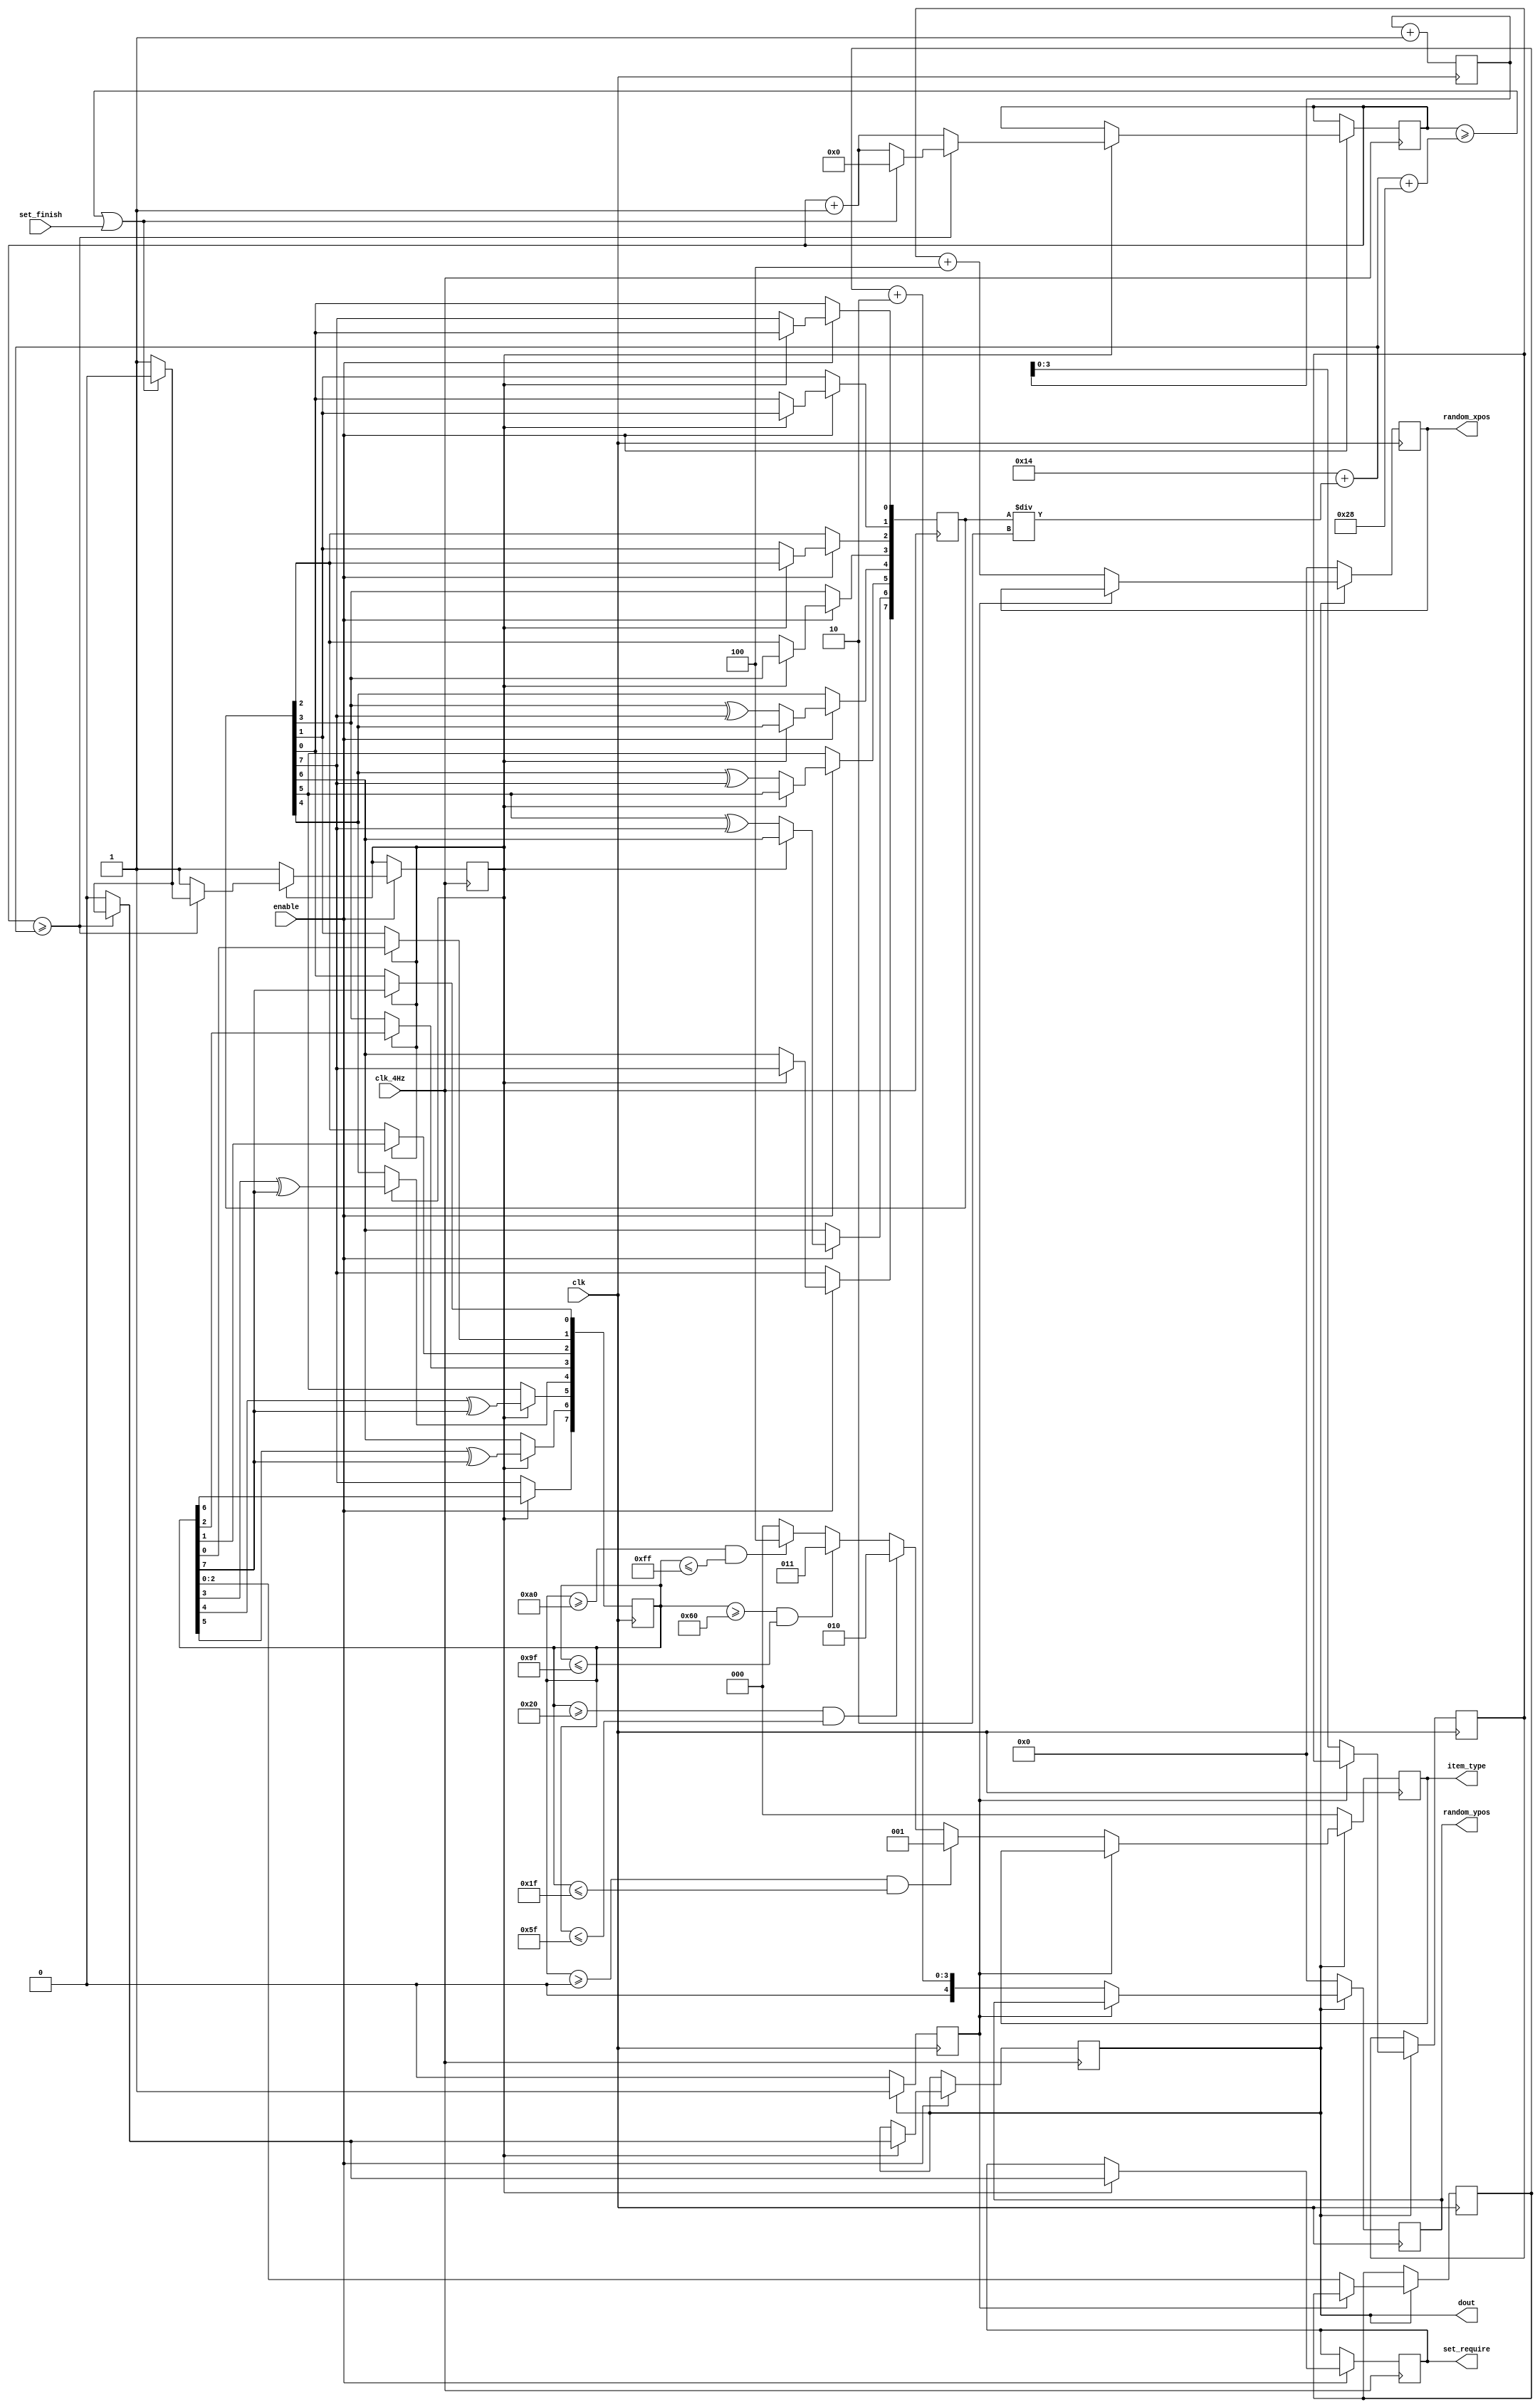
/*=======================================================
Author				:				ctlvie
Email Address		:				ctlvie@gmail.com
Filename			:				item_random_generator.v
Date				:				2018-05-22
Description			:				the random numbers generator for reward mechanism

Modification History:
Date		By			Version		Description
----------------------------------------------------  ------
180522		ctlvie		1.0			Initial Version
180525		ctlvie		2.0			Final Version
========================================================*/
`timescale 1ns/1ns
module item_random_generator
(
    input               	clk, 
	input					clk_4Hz,
	input					enable,
	input					set_finish,
	output		reg			dout,
	output		reg			set_require,
	output reg	[2:0]		item_type,	
	output reg	[4:0] 		random_xpos,
	output reg	[4:0]		random_ypos
);

`define		STAY_TIME	40
`define		BASE_TIME	20	 	

reg [7:0] 	 	rand_num;
reg [7:0] 	 	rand_num_2;
reg	[31:0]		cnt; 
reg				load;
reg		[7:0]	seed;
reg				lock;
reg		[3:0]	random_key_xpos;
reg		[2:0]	random_key_ypos;


initial 		
	begin
	load <= 0;
	seed <= 0;
	cnt <= 0;
	rand_num <= 10;
	rand_num_2 <= 28;
	random_xpos <= 0;
	random_ypos <= 0;
	random_key_xpos <= 0;
	random_key_ypos <= 0; 
	item_type	<= 0;
	lock 		<= 0;
	end


always@(posedge clk)
begin
	seed <= seed + 1;
	if(!load)
		rand_num_2 <= rand_num;
	else
		begin
		rand_num_2[0] <= rand_num_2[7];
		rand_num_2[1] <= rand_num_2[0];
		rand_num_2[2] <= rand_num_2[1];
		rand_num_2[3] <= rand_num_2[2];
		rand_num_2[4] <= rand_num_2[3]^rand_num_2[7];
		rand_num_2[5] <= rand_num_2[4]^rand_num_2[7];
		rand_num_2[6] <= rand_num_2[5]^rand_num_2[7];
		rand_num_2[7] <= rand_num_2[6];
		end
end

always@(posedge clk_4Hz)
begin
    if(enable)
	begin		
		if(!load)
		begin
			rand_num <=	seed;    /*load the initial value when load is active*/
			load <= 1;
			rand_num[0] <= rand_num[7];
			rand_num[1] <= rand_num[0];
			rand_num[2] <= rand_num[1];
			rand_num[3] <= rand_num[2];
			rand_num[4] <= rand_num[3]^rand_num[7];
			rand_num[5] <= rand_num[4]^rand_num[7];
			rand_num[6] <= rand_num[5]^rand_num[7];
			rand_num[7] <= rand_num[6];
		end
		else
		begin
			cnt <= cnt + 1;
			if(cnt >= `BASE_TIME + rand_num/2 )
			begin
				dout <= 1;
				set_require <= 1'b1;
				if(	(cnt >= `BASE_TIME + rand_num/2 + `STAY_TIME) || set_finish == 1'b1)
				begin
					dout <= 0;
					load <= 0;
					cnt  <= 0;
					set_require <= 1'b0;
				end
			end
			else
				begin
				dout <= 0;
				set_require <= 1'b0;
				end
		end
	end     
end



always@ (posedge clk)
begin
	if(dout)
	begin
		if(!lock)
		begin
		random_key_xpos <= 	seed[3:0];
		random_key_ypos	<= 	rand_num_2[2:0];
		random_xpos <= random_key_xpos + 4;
		random_ypos <= random_key_ypos + 2;
		lock 		<= 1;
		if (rand_num_2 >= 0 && rand_num_2 <= 31)
			item_type <= 1;
		else if (rand_num_2 >= 32 && rand_num_2 <= 95)
			item_type <= 2;
		else if (rand_num_2 >= 96 && rand_num_2 <= 159)
			item_type <= 3;
		else if (rand_num_2 >= 160 && rand_num_2 <= 255)
			item_type <= 4;
		else
			item_type <= 0;
		end
	end
	else
	begin
		random_xpos <= 0;
		random_ypos <= 0;
		lock 		<= 0;
		item_type <= 0;
	end
	
end


endmodule